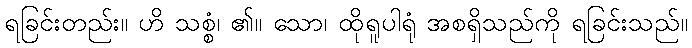
ရခြင်းတည်း။ ဟိ သစ္စံ၊ ၏။ သော၊ ထိုရူပါရုံ အစရှိသည်ကို ရခြင်းသည်။